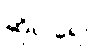
ဆိုပါရေ။